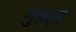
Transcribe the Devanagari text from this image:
गुअर्ड